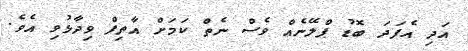
އަދި އެފަދަ ބޮޑު ޕްލޭނެއް ވެސް ނެތް ކަމަށް އާތިފް ވިދާޅުވި އެވެ.